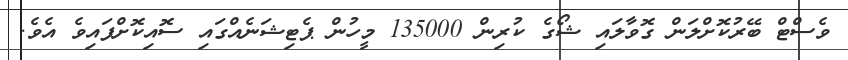
ވެސްޓް ބޭރުކޮށްލަން ގޮވާލައި ޝޯގެ ކުރިން 135000 މީހުން ޕެޓިޝަނެއްގައި ސޮއިކޮށްފައިވެ އެވެ.